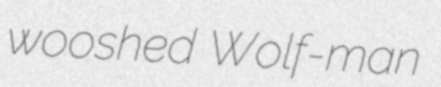
wooshed Wolf-man